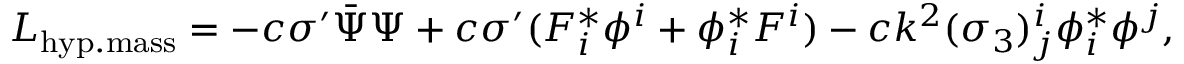
{ \cal L } _ { \mathrm { h y p . m a s s } } = - c \sigma ^ { \prime } \bar { \Psi } \Psi + c \sigma ^ { \prime } ( F _ { i } ^ { * } \phi ^ { i } + \phi _ { i } ^ { * } F ^ { i } ) - c k ^ { 2 } ( \sigma _ { 3 } ) _ { j } ^ { i } \phi _ { i } ^ { * } \phi ^ { j } ,